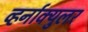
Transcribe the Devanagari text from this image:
व्हर्नाक्‍युलर